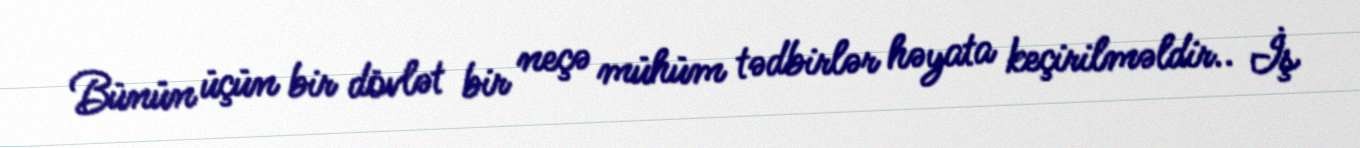
Bünün üçün bir dövlət bir neçə mühüm tədbirlər həyata keçirilməldir.. İş